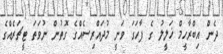
ދެން އިބްރާހީމް ޚަލީލު ގެ ފާހަގަ ވަނީ މުދައްރިސެއްގެ ގޮތުން ނުވަތަ ޓީޗަރެއްގެ